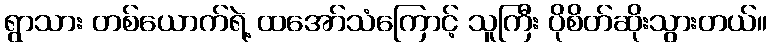
ရွာသား တစ်ယောက်ရဲ့ ထအော်သံကြောင့် သူကြီး ပိုစိတ်ဆိုးသွားတယ်။